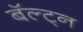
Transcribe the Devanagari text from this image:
बॅल्ट्न